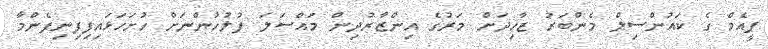
ޕީއެމް ގެ ކައުންސިލް މެންބަރު ޒާހިދަށް މަރުގެ އިންޒާރުދިން މައްސަލަ ފުލުހުންނަށް ހުށަހަޅައިފިފިނިފެންމާ